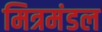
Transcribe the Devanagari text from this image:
मित्रमंडल